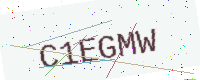
Text: C1EGMW